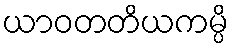
ယာဝတတိယကမ္ပိ